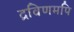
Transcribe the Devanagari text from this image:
द्रविणमपि